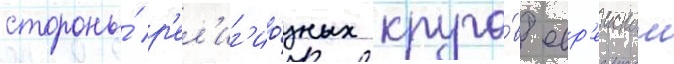
стороны́ р'ел'иг'ио́зных круго́в евр'еискои